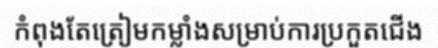
កំពុងតែត្រៀមកម្លាំងសម្រាប់ការប្រកួតជើង